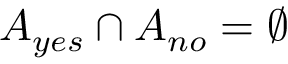
A _ { y e s } \cap A _ { n o } = \emptyset